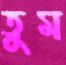
তুম